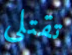
تقتلي